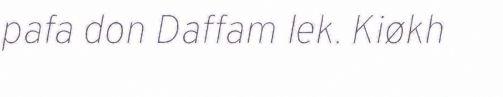
pafa don Daffam lek. Kiøkh